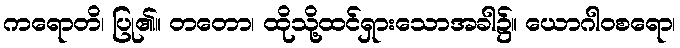
ကရောတိ၊ ပြု၏။ တတော၊ ထိုသို့ထင်ရှားသောအခါ၌။ ယောဂါဝစရော၊